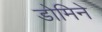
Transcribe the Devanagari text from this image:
डोमिने